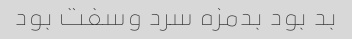
بد بود بدمزه سرد وسفت بود